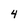
Character: 4